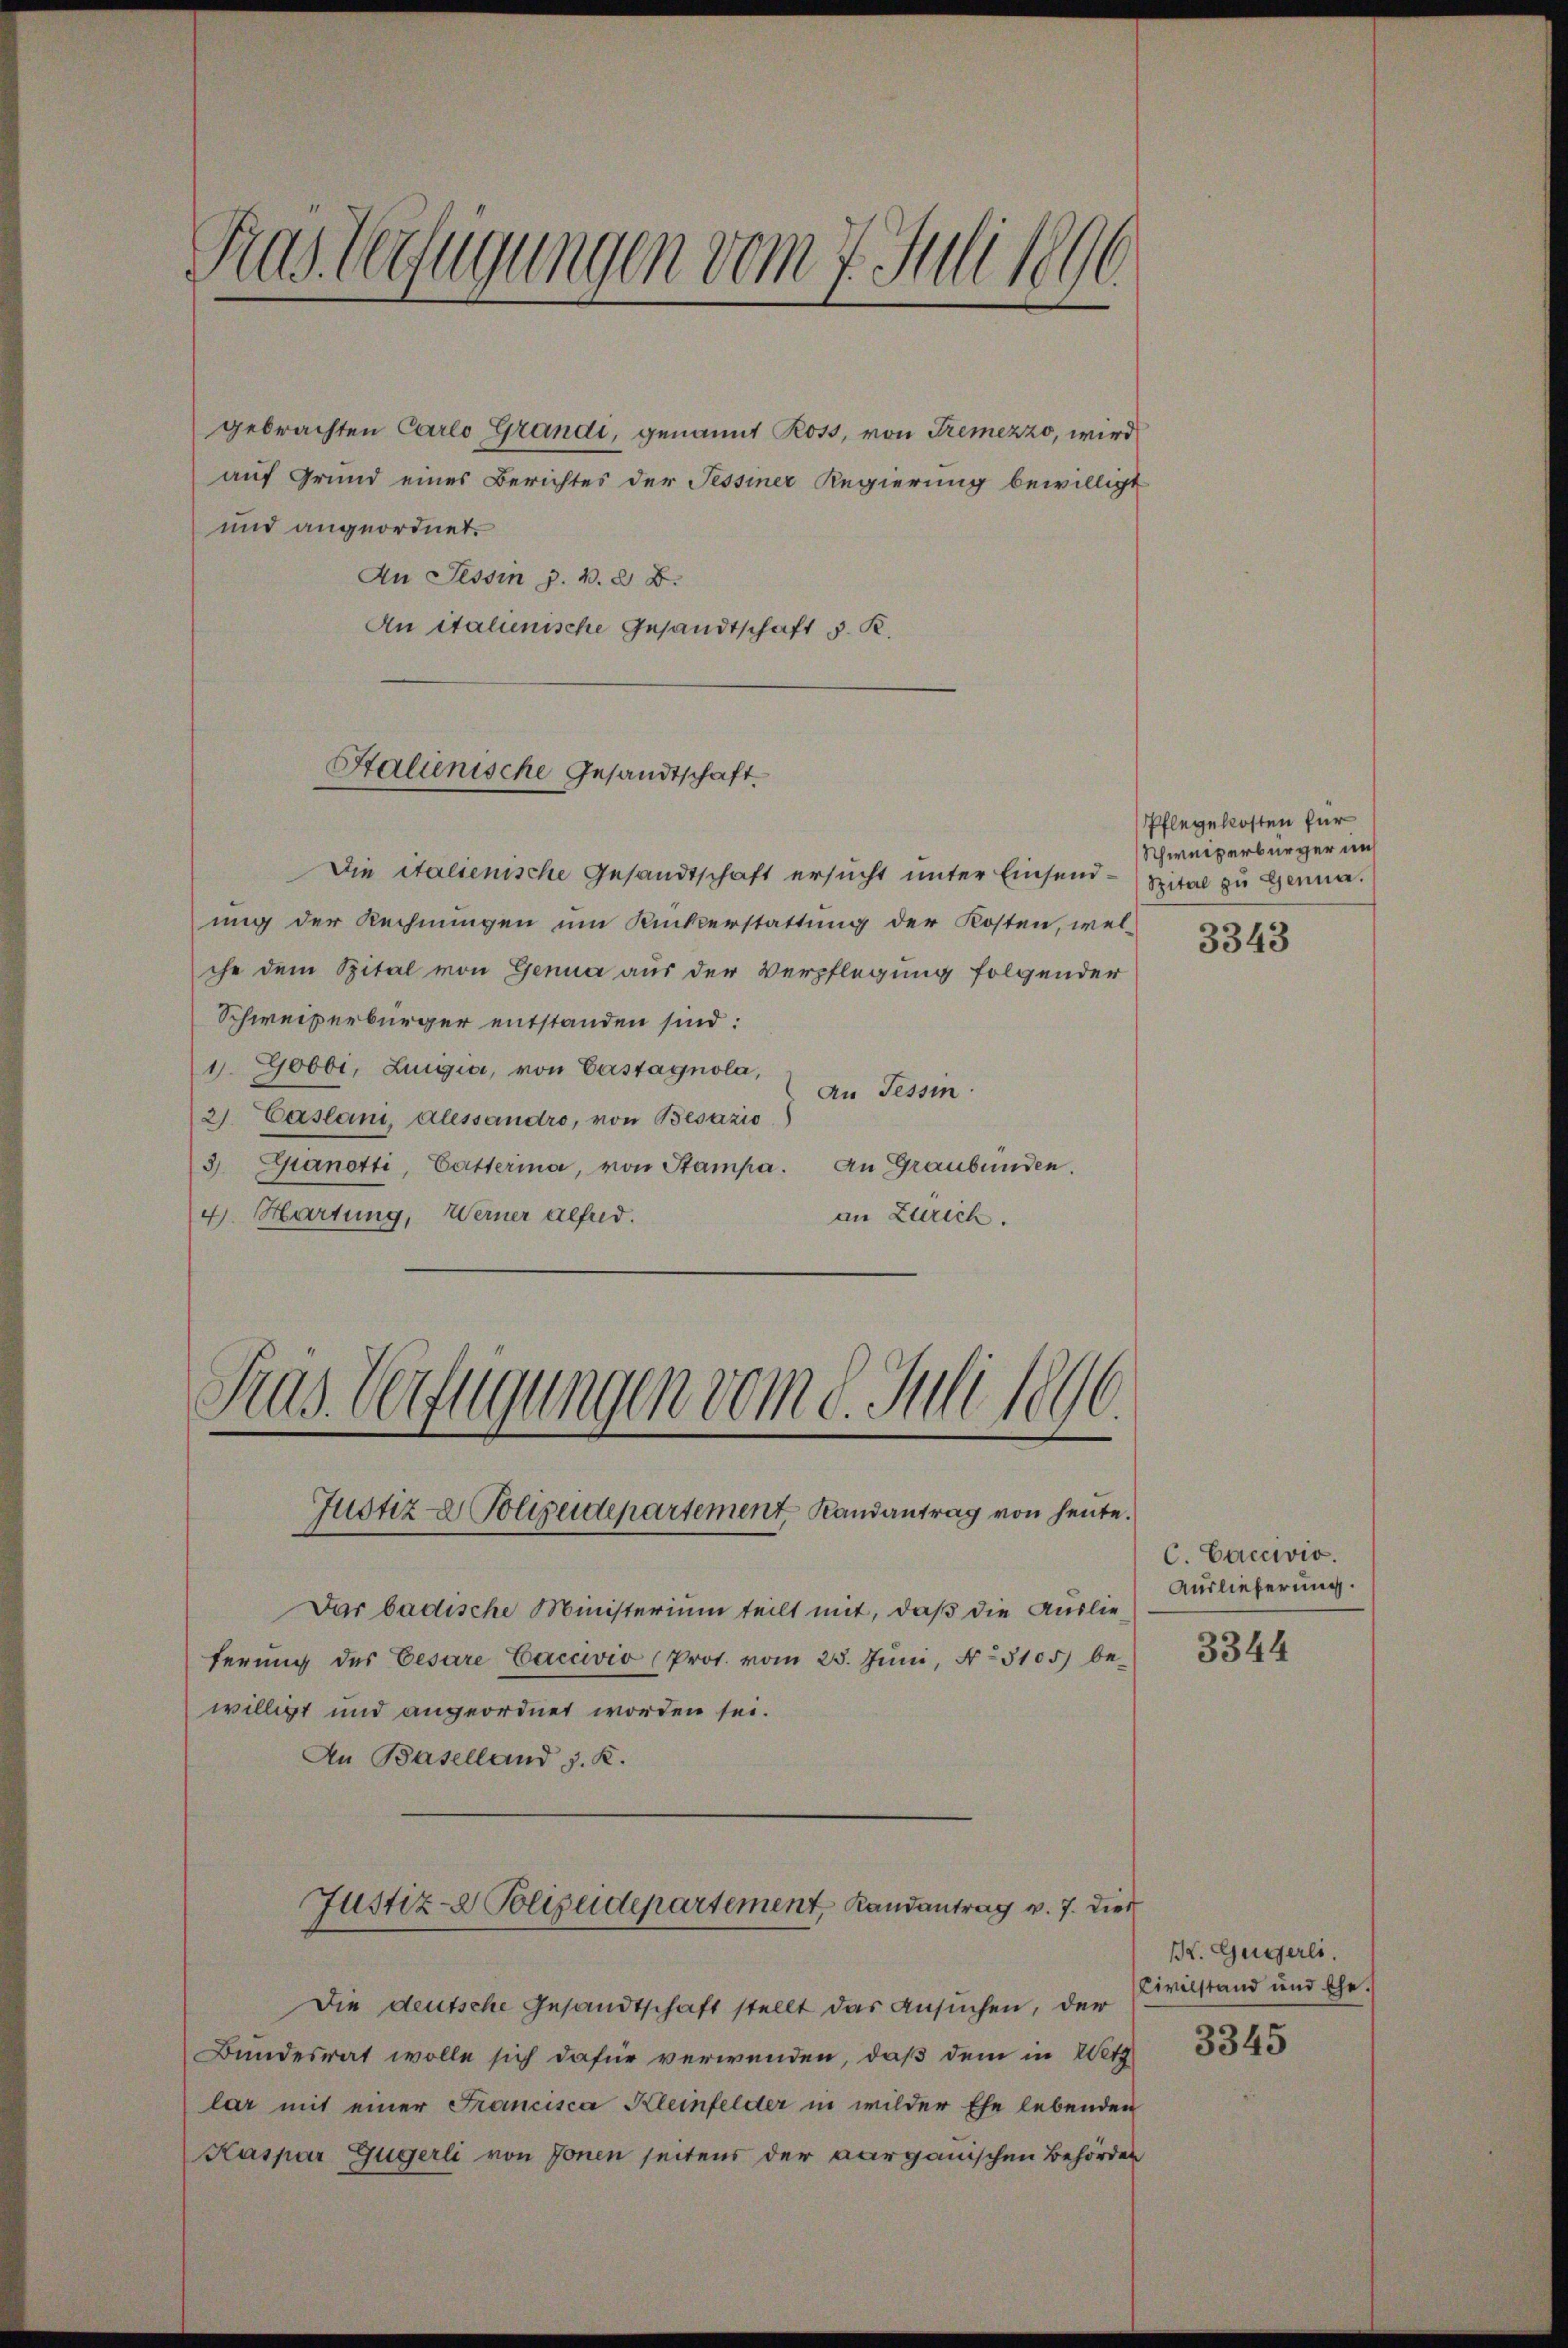
Ras Verfügungen vom 7. Juli 1890.

gebrachten Carlo Grandi, genannt Ross, von Tremezzo, wird
auf Grund eines Berichtes der Tessiner Regierung bewilligt
und angeordnet.
An Tessin z. B. d. B.
An italienische Gesandtschaft d. R.

Stalienische Gesandtschaft.

Gras Verfügungen vom 8. Juli 1896.
Justiz- & Polizeidepartement, Randantrag von heute.

Die italienische Gesandtschaft ersucht unter Einsend.
ung der Rechnungen um Ruckerstattung der Kosten, welche dem Spital von Genua aus der Verpflegung folgender
Schweizerbürger entstanden sind:
1. Gobbi, Luigia, von Castagnola,
An Tessin.
2. Caslani, Alessandro, von Besazio
3 Epanetti, Catterina, von Stampa. An Graubünden.
4. Hartung, Werner alfud.
an Zürich.

Pflegekosten für
Schweizerbürger in
Spital zu Genua.
3343

Jar badische Ministerium teilt mit, daß die Auslieferung des Cesare Caccivio (Prot. vom 25. Juni, No 3105) bewilligt und angeordnet worden sei.
An Baselland J. K.
Justiz- Polizeidepartement, Randantrag v. 7. dies
Die deutsche Gesandtschaft stellt das Ansuchen, der
Bundesrat wolle sich dafür verwenden, daß dem in Wetz
lar mit einer Francisca Kleinfelder in wilder Ehe lebenden
Kaspar Gugerli von Jonen seitens der aarganischen Behörden

C. Caccwiv.
Auslieferung.
3344

r. Gugerli.
Civilstand und Ehe.

3345